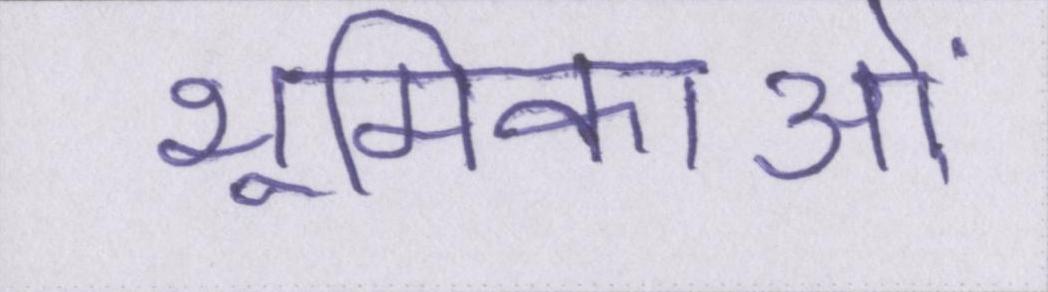
भूमिकाओं